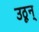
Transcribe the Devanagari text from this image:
उठून्